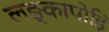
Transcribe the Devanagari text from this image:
लङ्कापोड़ि